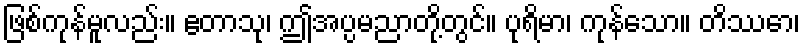
ဖြစ်ကုန်မူလည်း။ ဧတာသု၊ ဤအပ္ပမညာတို့တွင်။ ပုရိမာ၊ ကုန်သော။ တိဿော၊